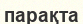
парақта